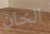
الخان